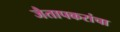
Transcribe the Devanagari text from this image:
जैतापकरांचा